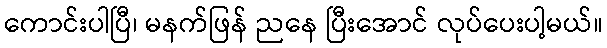
ကောင်းပါပြီ၊ မနက်ဖြန် ညနေ ပြီးအောင် လုပ်ပေးပါ့မယ်။